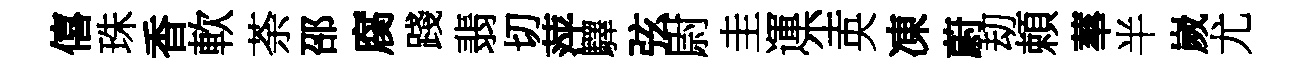
僖珠香軟荼邵腐踐翡切萍驛弦尉圭運尘央凍蔚刧頼蕐半嵗尤